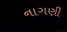
નાગણી